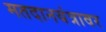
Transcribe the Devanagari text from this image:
मतदानयंत्रावर